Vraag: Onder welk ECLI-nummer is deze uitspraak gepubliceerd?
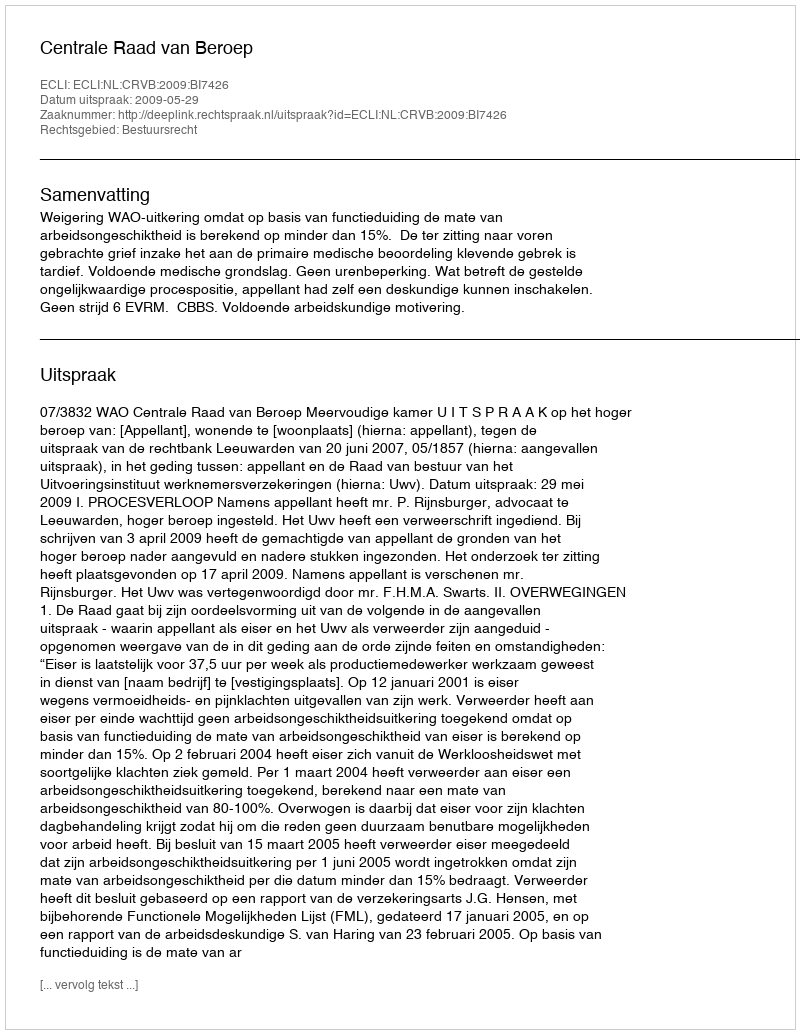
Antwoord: ECLI:NL:CRVB:2009:BI7426